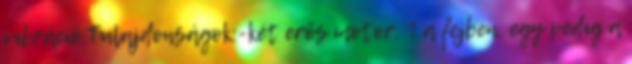
vibráció.Tulajdonságok:-két erős motor: 1 a fejben, egy pedig a